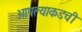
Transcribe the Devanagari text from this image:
आपल्याकडची